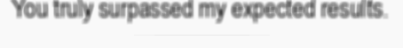
You truly surpassed my expected results.